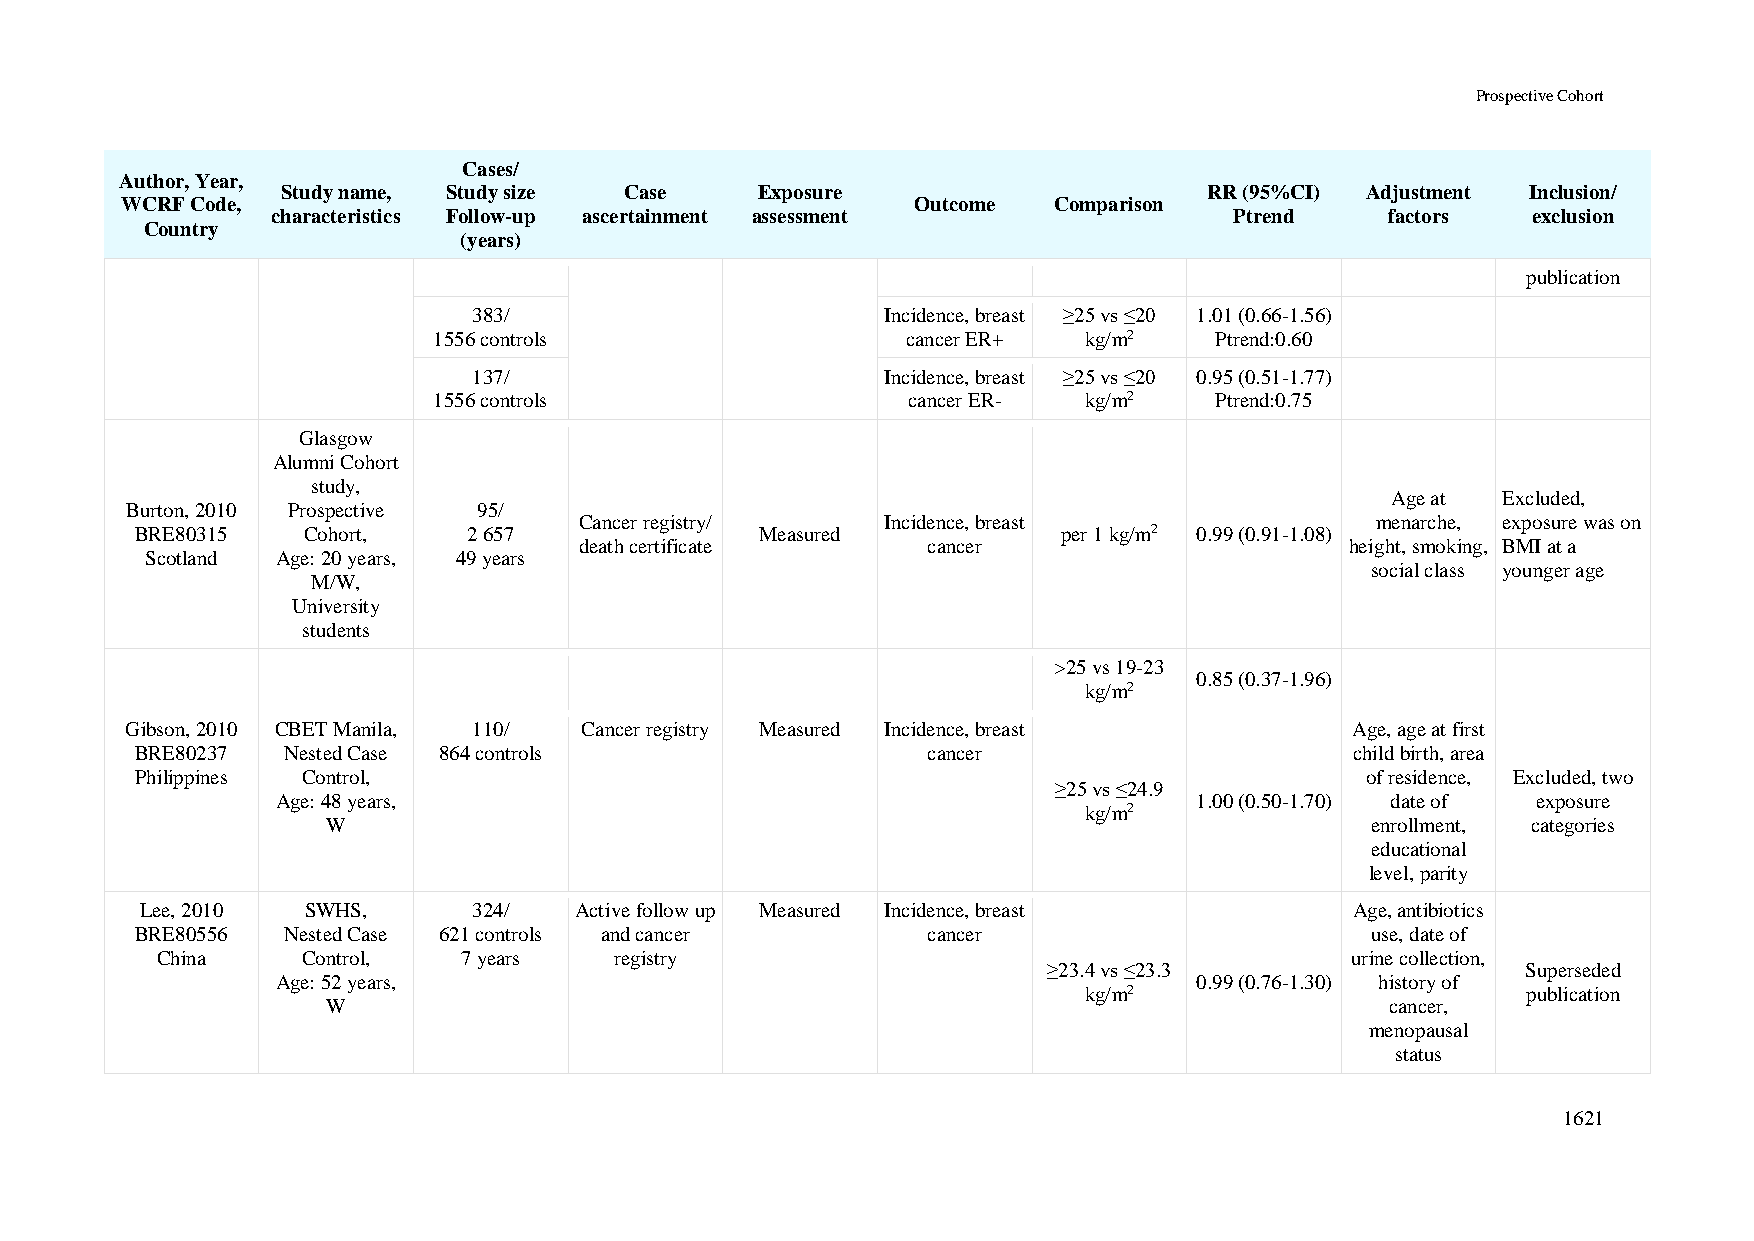
Prospective Cohort
 Cases/
 Author, Year,
 Study name, Study size Case    Exposure                      RR (95%CI) Adjustment Inclusion/
 WCRF Code,                                           Outcome  Comparison
 characteristics Follow-up ascertainment assessment              Ptrend    factors  exclusion
 Country
 (years)
 publication
 383/                        Incidence, breast ≥25 vs ≤20 1.01 (0.66-1.56)
 1556 controls                  cancer ER+  kg/m2   Ptrend:0.60
 137/                        Incidence, breast ≥25 vs ≤20 0.95 (0.51-1.77)
 1556 controls                  cancer ER-  kg/m2   Ptrend:0.75
 Glasgow
 Alumni Cohort
 study,
 Age at Excluded,
 Burton, 2010 Prospective 95/
 Cancer registry/     Incidence, breast               menarche, exposure was on
 BRE80315   Cohort,    2 657              Measured            per 1 kg/m2 0.99 (0.91-1.08)
 death certificate      cancer                      height, smoking, BMI at a
 Scotland Age: 20 years, 49 years
 social class younger age
 M/W,
 University
 students
 >25 vs 19-23
 0.85 (0.37-1.96)
 kg/m2
 Gibson, 2010 CBET Manila, 110/ Cancer registry Measured Incidence, breast         Age, age at first
 BRE80237  Nested Case 864 controls                  cancer                       child birth, area
 Philippines Control,                                                             of residence, Excluded, two
 ≥25 vs ≤24.9
 Age: 48 years,                                               1.00 (0.50-1.70) date of exposure
 kg/m2
 W                                                                    enrollment, categories
 educational
 level, parity
 Lee, 2010  SWHS,      324/   Active follow up Measured Incidence, breast         Age, antibiotics
 BRE80556  Nested Case 621 controls and cancer       cancer                        use, date of
 China     Control,   7 years   registry                                        urine collection,
 ≥23.4 vs ≤23.3                  Superseded
 Age: 52 years,                                               0.99 (0.76-1.30) history of
 kg/m2                        publication
 W                                                                     cancer,
 menopausal
 status
 1621